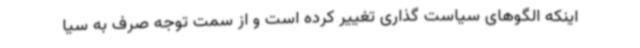
اینکه الگوهای سیاست گذاری تغییر کرده است و از سمت توجه صرف به سیا